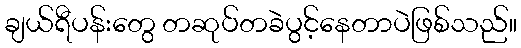
ချယ်ရီပန်းတွေ တဆုပ်တခဲပွင့်နေတာပဲဖြစ်သည်။